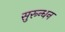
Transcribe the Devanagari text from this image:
सुरून्धन